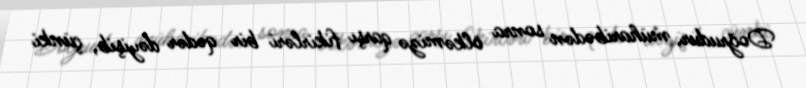
Doğrudur, müharibədən sonra ölkəmizə qarşı fikirləri bir qədər dəyişib, çünki